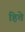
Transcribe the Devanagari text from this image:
हिते